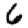
Digit: 6